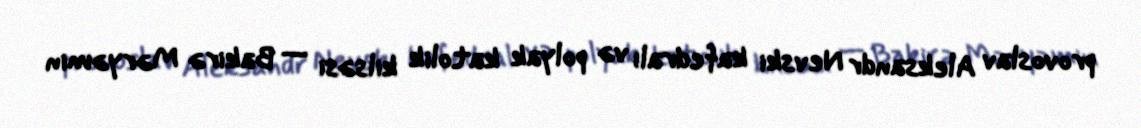
provoslav Aleksandr Nevski kafedralı və polyak katolik kilsəsi — Bakirə Məryəmin